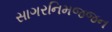
સાગરનિમજજન